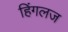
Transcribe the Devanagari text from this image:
हिंगलज